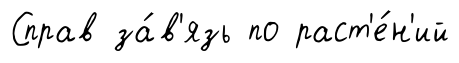
Справ за́в'язь по раст'е́н'ий